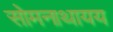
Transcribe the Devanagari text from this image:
सोमनाथायय